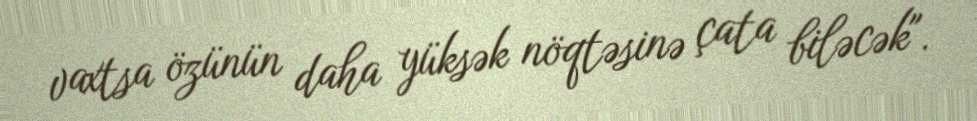
vaxtsa özünün daha yüksək nöqtəsinə çata biləcək".